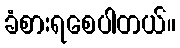
ခံစားရစေပါတယ်။